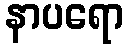
နာပရော